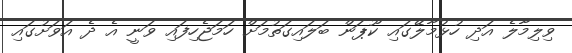
ވިލިމާލެ އަދި ހުޅުމާލޭގައި ކޫޕަން ބަލައިގަތުމަށް ހަމަޖެހިފައި ވަނީ އެ ދެ އަވަށުގައި